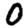
Digit: 0